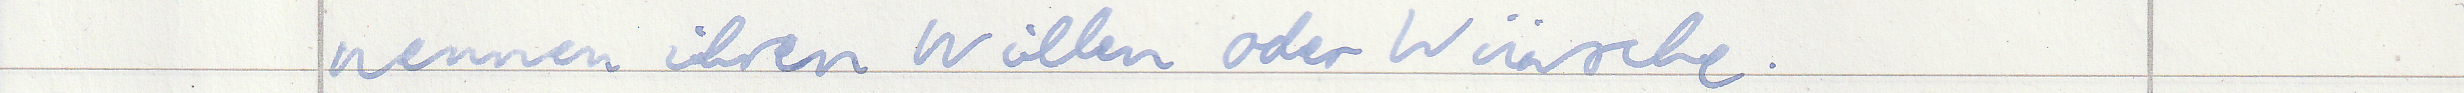
nennen ihren Willen oder Wünsche.